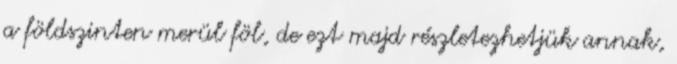
a földszinten merül föl, de ezt majd részletezhetjük annak,